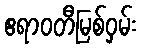
ဧရာဝတီမြစ်ဝှမ်း